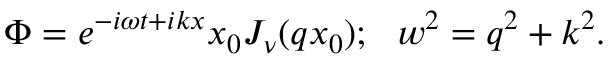
\Phi = e ^ { - i \omega t + i k x } x _ { 0 } J _ { \nu } ( q x _ { 0 } ) ; \ \ w ^ { 2 } = q ^ { 2 } + k ^ { 2 } .